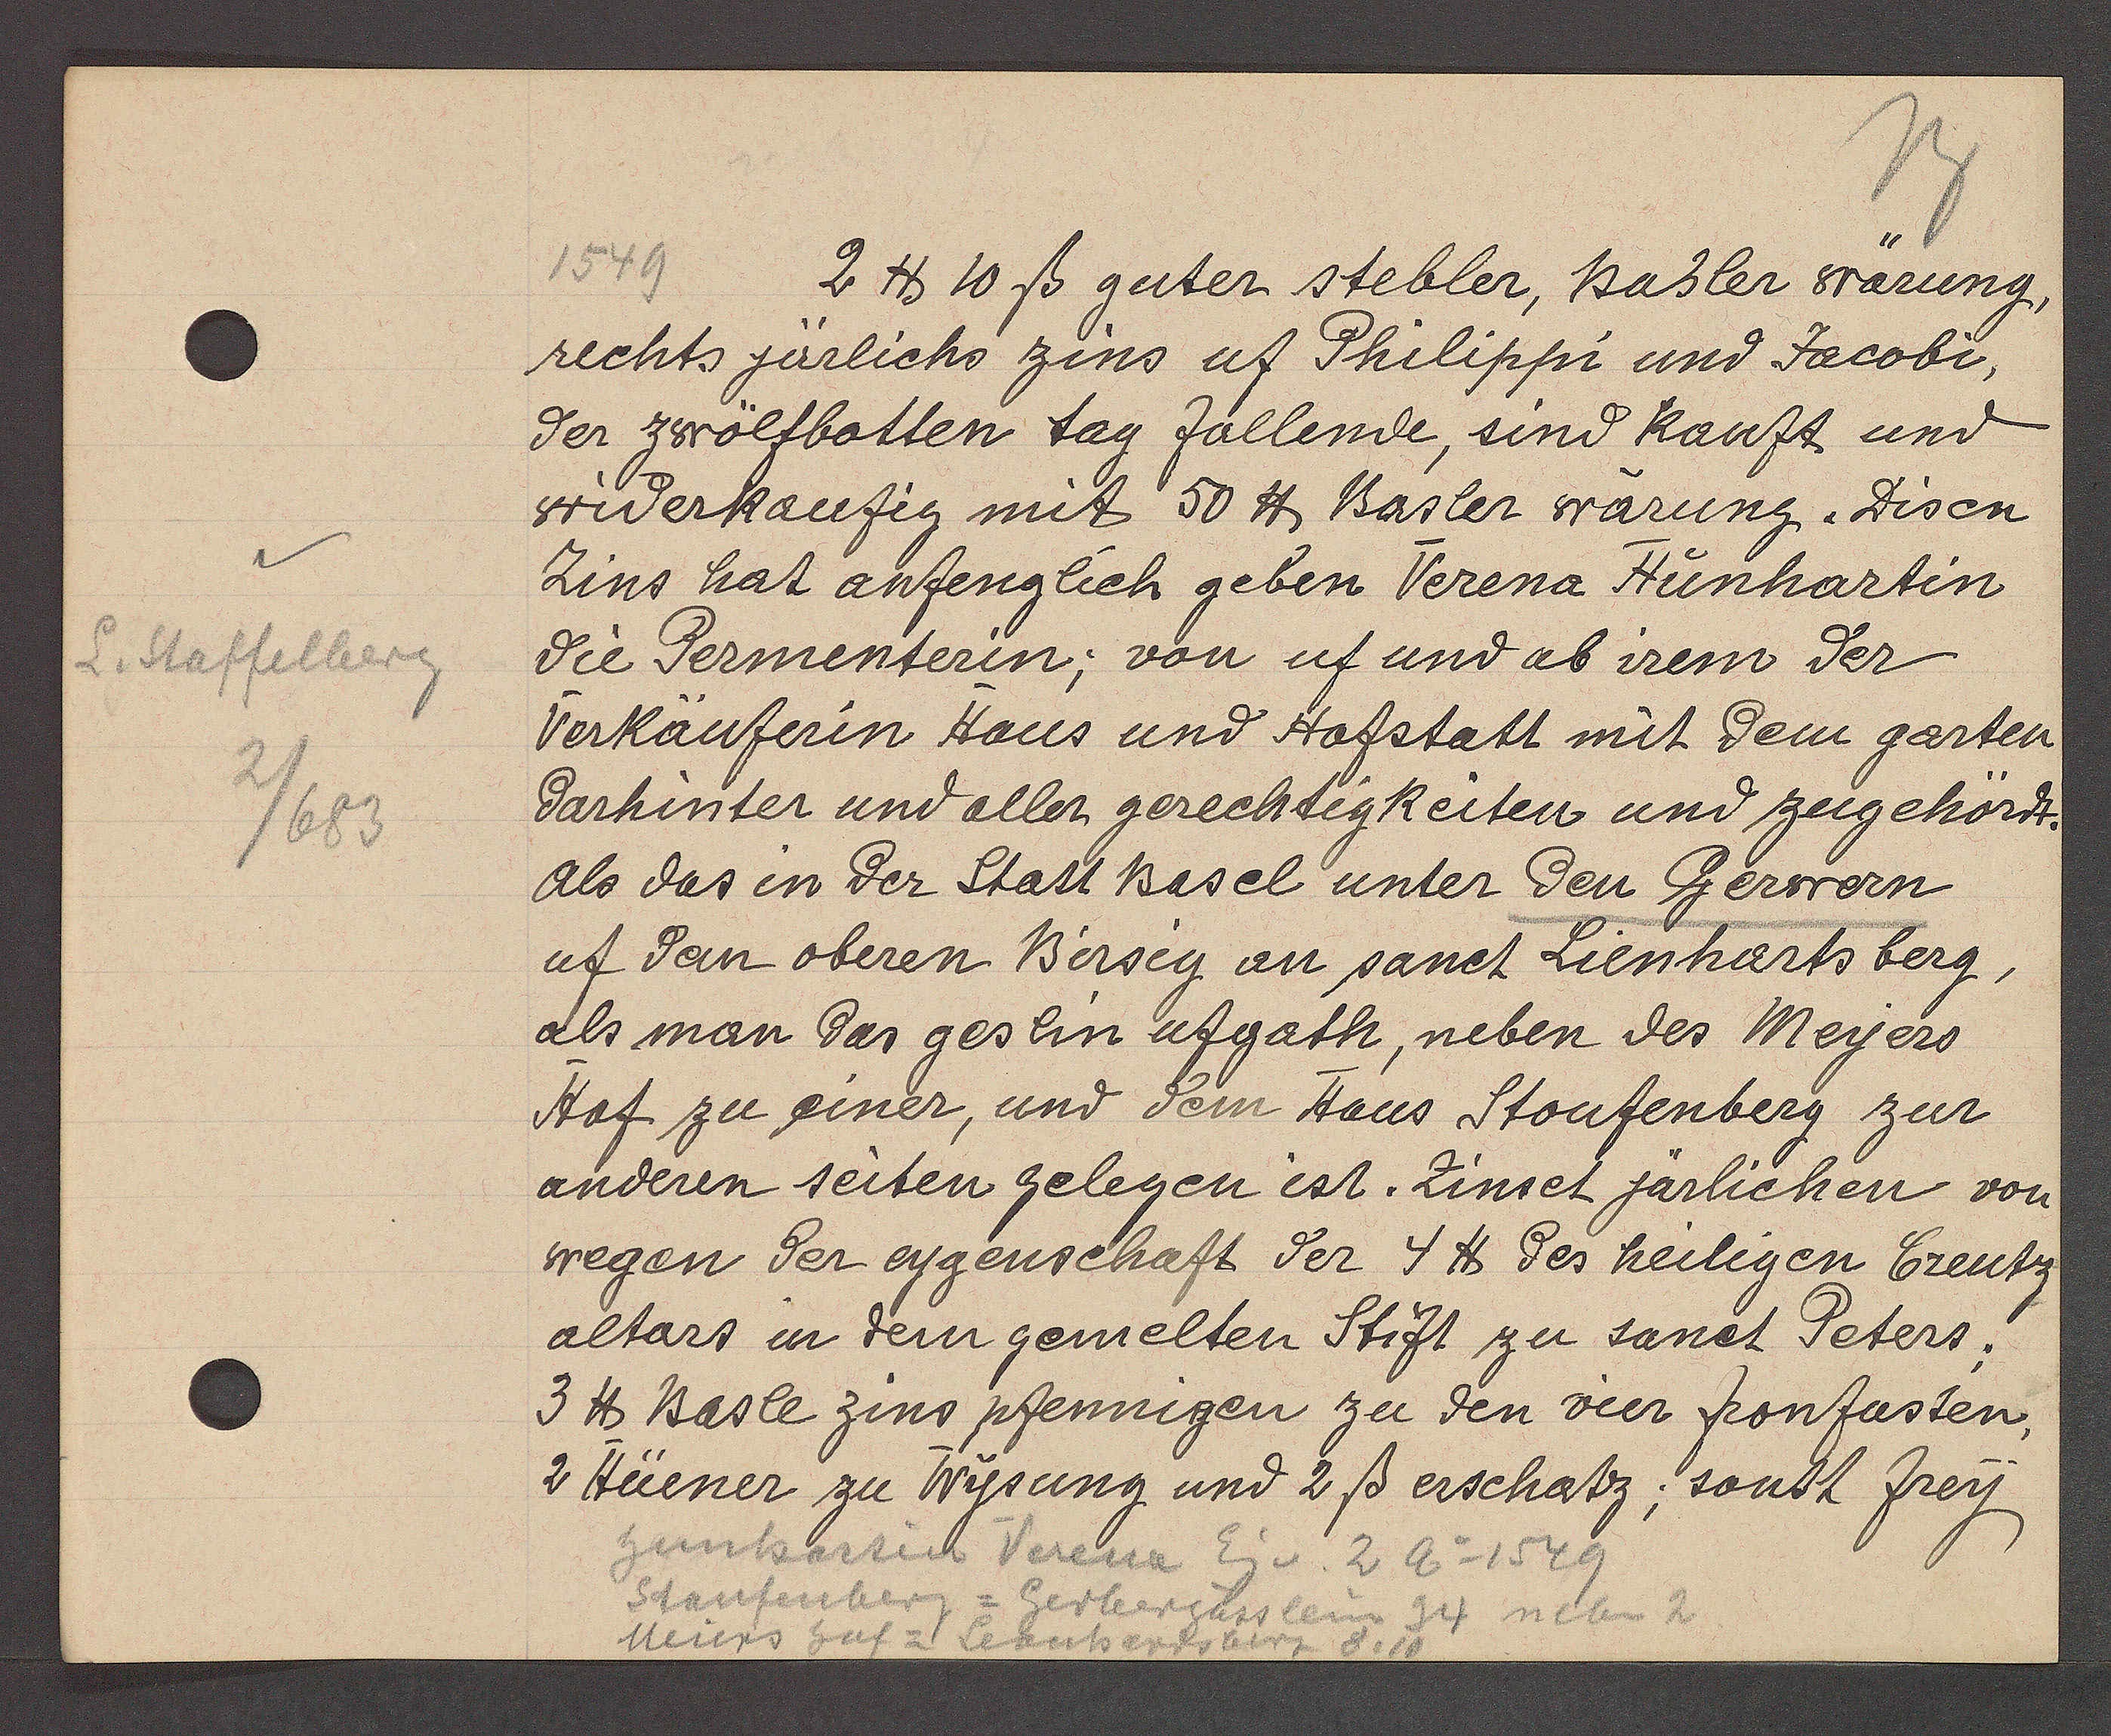
Transcript:
L. Staffelberg
2/683

1549
2 ℔ 10 ß guter stebler, Basler wärung,
rechts järlichs zins uf Philippi und Jacobi,
der zwölfbotten tag fallende, sind kauft und
widerkaufig mit 50 ℔ Basler wärung. Disen
Zins hat anfenglich geben Verena Hunhartin
die Permenterin; von uf und ab irem der
Verkäuferin Haus und Hofstatt mit dem garten
darhinter und aller gerechtigkeiten und zugehört.
als das in der Statt Basel under den Gerwern
uf dem oberen Birsig an sanct Lienhartsberg,
als man das geslin ufgath, neben des Meyers
Hof zu einer, und dem Haus Stoufenberg zur
anderen seiten gelegen ist. Zinset järlichen von
wegen der eygenschaft der 4 ℔ des heligen Creutz
altars in dem gemelten Stift zu sanct Peters;
3 ℔ Basle zins pfennigen zu den vier fronfasten,
2
Hüener zu Wysung und 2ß erschatz; sonst frey

hunhartin Verena Eig v. 2 Ao 1549
Staufenberg = Gerbergässlein 34 neben 2
Meiers hof = Leonhardsberg 8.10